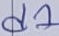
Text: d1